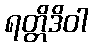
ရတ္တိဒိဝါ